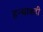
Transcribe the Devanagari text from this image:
हन्थावदी